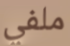
ملفي